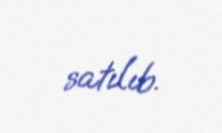
satılıb.